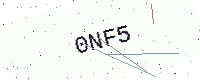
Text: 0NF5